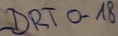
Text: LDRTO-18